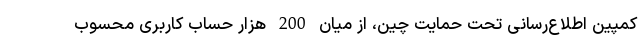
کمپین اطلاع‌رسانی تحت حمایت چین، از میان 200 هزار حساب کاربری محسوب